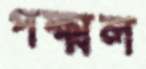
পক্ষ্মল